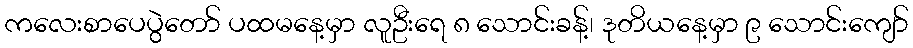
ကလေးစာပေပွဲတော် ပထမနေ့မှာ လူဦးရေ ၈ သောင်းခန့်၊ ဒုတိယနေ့မှာ ၉ သောင်းကျော်